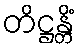
တိဋ္ဌန္တိံ